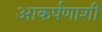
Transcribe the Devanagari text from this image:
आकर्षणाशी